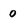
Character: 0